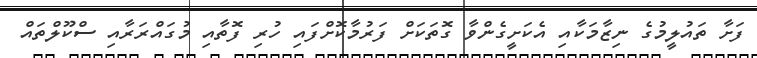
ފަށާ ތައުލީމުގެ ނިޒާމަކާއި އެކަށީގެންވާ ގޮތަކަށް ފަރުމާކޮށްފައި ހުރި ފޮތާއި މުގައްރަރާއި ސްކޫލްތައް